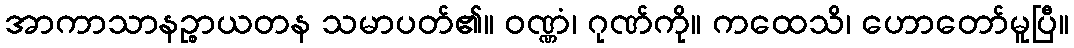
အာကာသာနဉ္စာယတန သမာပတ်၏။ ဝဏ္ဏံ၊ ဂုဏ်ကို။ ကထေသိ၊ ဟောတော်မူပြီ။